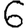
Digit: 6